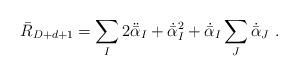
LaTeX: \begin{align*}\bar{R}_{D+d+1} = \sum_I 2\ddot{\bar\alpha}_I + \dot{\bar\alpha}_I^2 + \dot{\bar\alpha}_I \sum_J\dot{\bar\alpha}_J \ .\end{align*}